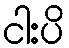
ငါးပိ